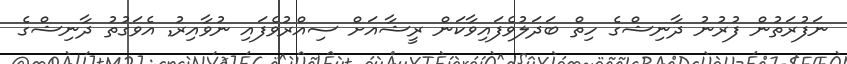
ނަފުރަތުން ފުރުުނު ދާނިޝްގެ ހިތް ބަދަލުވެފައިވާކަން ރީޝާއަށް ސިއްރުވެފައި ނުވާއިރު